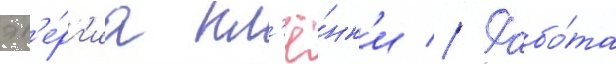
эн'е́рг'иа пл'ё́нк'и // Рабо́та